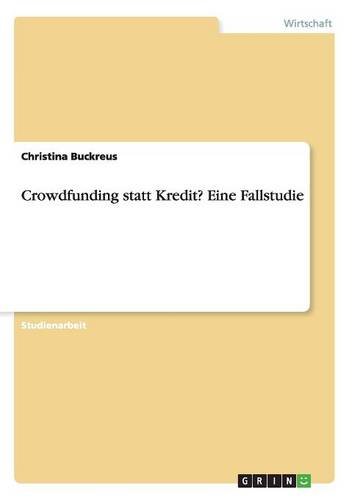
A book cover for Crowdfunding statt Kredit? Eine Fallstudie (German Edition); Christina Buckreus; Business & Money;